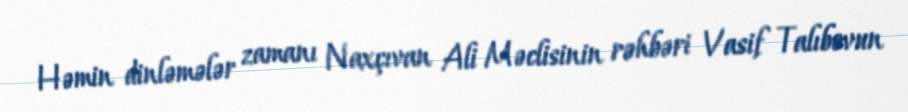
Həmin dinləmələr zamanı Naxçıvan Ali Məclisinin rəhbəri Vasif Talıbovun